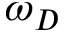
\omega _ { D }